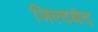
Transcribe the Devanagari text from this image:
जिल्दबंद